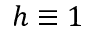
h \equiv 1